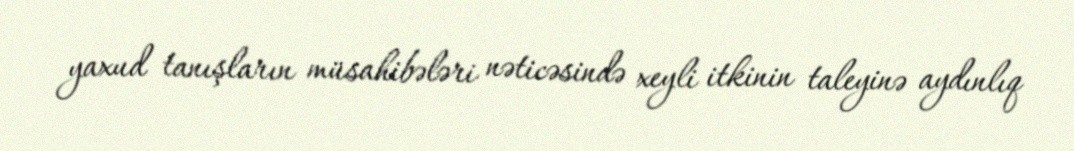
yaxud tanışların müsahibələri nəticəsində xeyli itkinin taleyinə aydınlıq